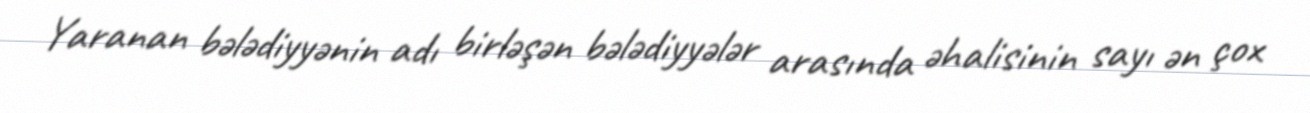
Yaranan bələdiyyənin adı birləşən bələdiyyələr arasında əhalisinin sayı ən çox